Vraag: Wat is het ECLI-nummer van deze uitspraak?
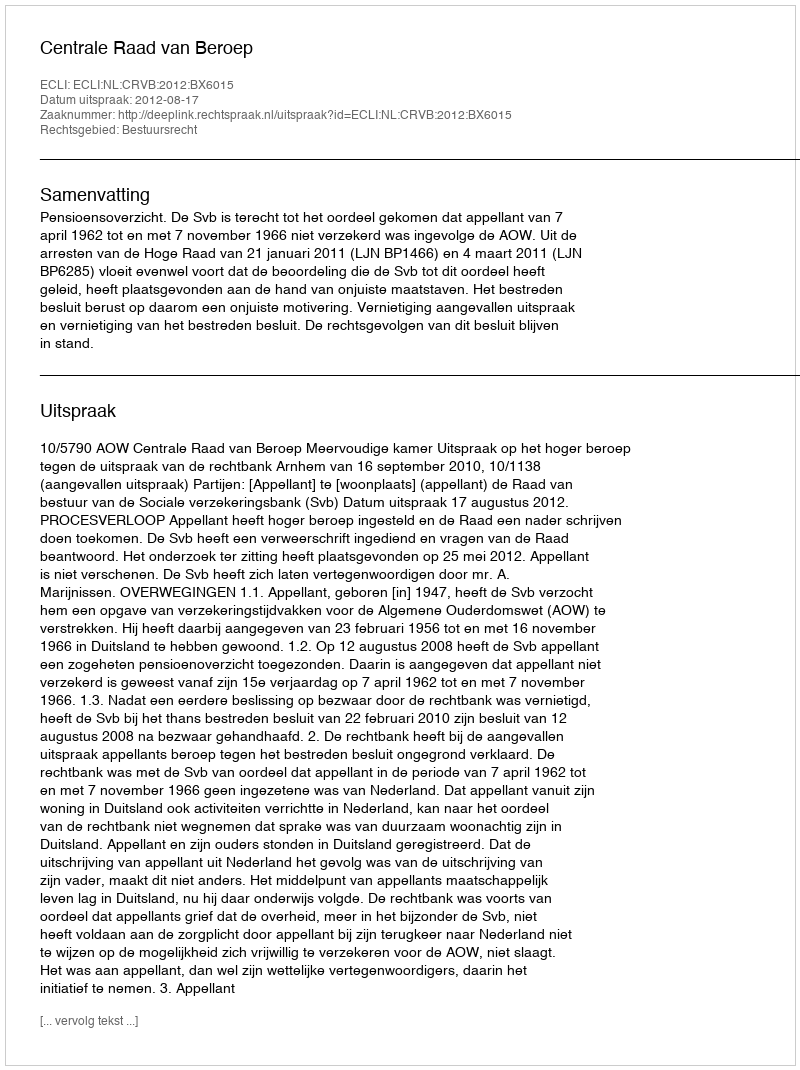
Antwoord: ECLI:NL:CRVB:2012:BX6015